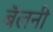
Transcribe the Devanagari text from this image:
बॅलनी